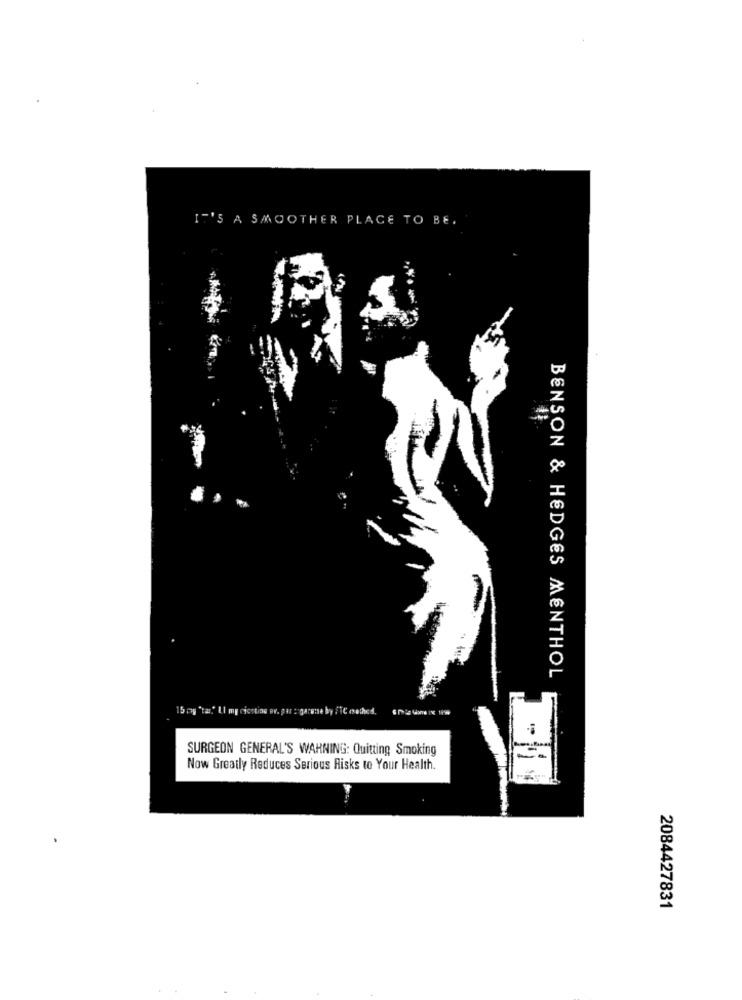
IT'S A SMOOTHER PLACE TO BE.
BENSON & HEDGES MENTHOL
15 cy "tar." Ll my cicsting ev. par : garene by /TC methed, smil
SURGEON GENERAL'S WARNING: Quitting Smoking
Now Greatly Reduces Serious Risks to Your Health.
2084427831